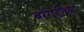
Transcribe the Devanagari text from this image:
बरगंडीच्या